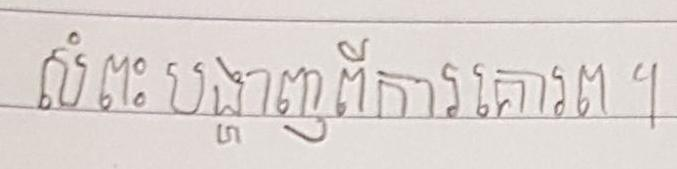
សំពះបង្ហាញពីការគោរព ។